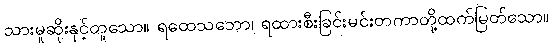
သားမူဆိုးနှင့်တူသော။ ရထေသဘော၊ ရထားစီးခြင်းမင်းတကာတို့ထက်မြတ်သော။